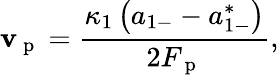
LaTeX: \mathbf{v}_{\mathrm{{~p~}}}=\frac{{\kappa_{1}\left(a_{1-}-a_{1-}^{*}\right)}}{{2F_{\mathrm{{~p~}}}}},